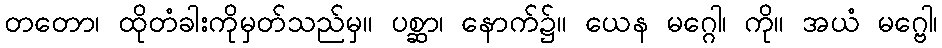
တတော၊ ထိုတံခါးကိုမှတ်သည်မှ။ ပစ္ဆာ၊ နောက်၌။ ယေန မဂ္ဂေါ၊ ကို။ အယံ မဂ္ဗေါ၊